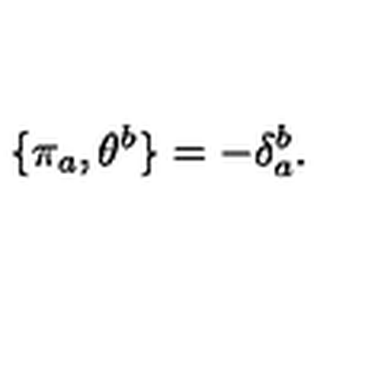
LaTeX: \qquad \{ \pi _ { a } , \theta ^ { b } \} = - \delta _ { a } ^ { b } .